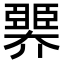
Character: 臩